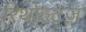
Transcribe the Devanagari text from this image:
रिथोल्ट्ज़